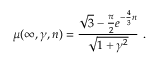
\mu ( \infty , \gamma , n ) = \frac { \sqrt { 3 } - \frac { \pi } { 2 } e ^ { - \frac { 4 } { 3 } n } } { \sqrt { 1 + \gamma ^ { 2 } } } \ .